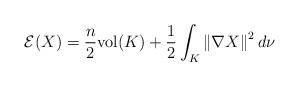
LaTeX: \begin{align*}\mathcal{E}(X)=\frac{n}{2}\mathrm{vol}(K)+\frac{1}{2}\int_{K}\left\|\nabla X\right\|^{2}d\nu\end{align*}